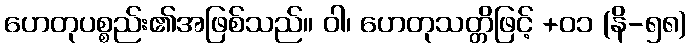
ဟေတုပစ္စည်း၏အဖြစ်သည်။ ဝါ၊ ဟေတုသတ္တိဖြင့် +၀၁ (နိ-၅၈)